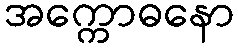
အက္ကောဓနော